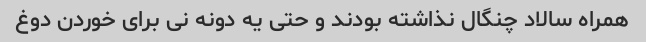
همراه سالاد چنگال نذاشته بودند و حتی یه دونه نی برای خوردن دوغ